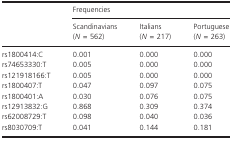
|  | <COLSPAN=3> Frequencies |
 |  | Scandinavians (N = 562) | Italians (N = 217) | Portuguese (N = 263) |
 | --- | --- | --- | --- |
 | rs1800414:C | 0.001 | 0.000 | 0.000 |
 | rs74653330:T | 0.005 | 0.000 | 0.000 |
 | rs121918166:T | 0.005 | 0.000 | 0.000 |
 | rs1800407:T | 0.047 | 0.097 | 0.075 |
 | rs1800401:A | 0.030 | 0.076 | 0.075 |
 | rs12913832:G | 0.868 | 0.309 | 0.374 |
 | rs62008729:T | 0.098 | 0.040 | 0.036 |
 | rs8030709:T | 0.041 | 0.144 | 0.181 |